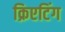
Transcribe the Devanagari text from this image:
क्रिएटिंग